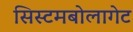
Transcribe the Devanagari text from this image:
सिस्टमबोलागेट